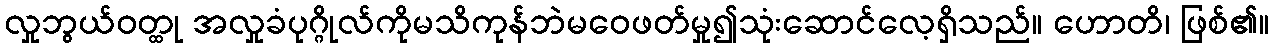
လှုဘွယ်ဝတ္ထု အလှုခံပုဂ္ဂိုလ်ကိုမသိကုန်ဘဲမဝေဖတ်မှု၍သုံးဆောင်လေ့ရှိသည်။ ဟောတိ၊ ဖြစ်၏။